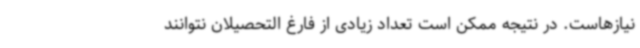
نیازهاست. در نتیجه ممکن است تعداد زیادی از فارغ التحصیلان نتوانند